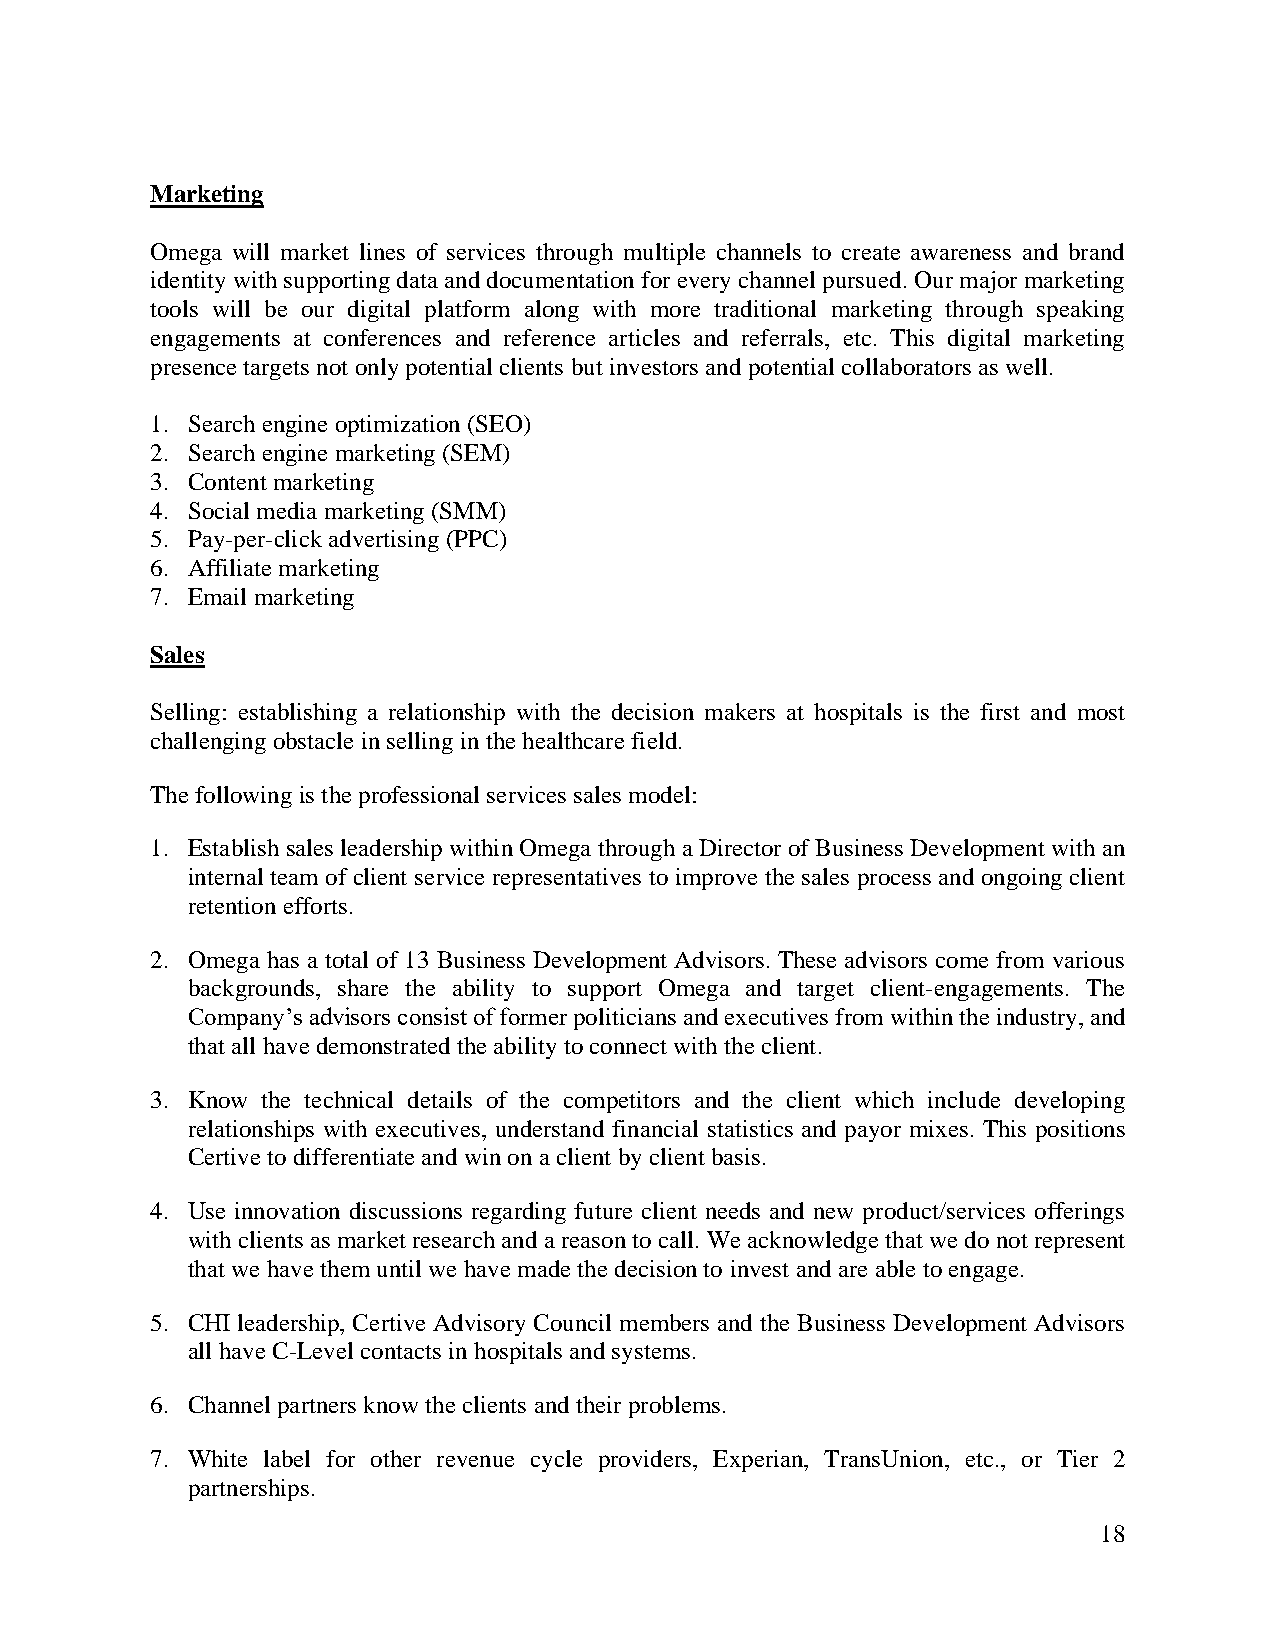
Marketing
 Omega will market lines of services through multiple channels to create awareness and brand
 identity with supporting data and documentation for every channel pursued. Our major marketing
 tools will be our digital platform along with more traditional marketing through speaking
 engagements at conferences and reference articles and referrals, etc. This digital marketing
 presence targets not only potential clients but investors and potential collaborators as well.
 1. Search engine optimization (SEO)
 2. Search engine marketing (SEM)
 3. Content marketing
 4. Social media marketing (SMM)
 5. Pay-per-click advertising (PPC)
 6. Affiliate marketing
 7. Email marketing
 Sales
 Selling: establishing a relationship with the decision makers at hospitals is the first and most
 challenging obstacle in selling in the healthcare field.
 The following is the professional services sales model:
 1. Establish sales leadership within Omega through a Director of Business Development with an
 internal team of client service representatives to improve the sales process and ongoing client
 retention efforts.
 2. Omega has a total of 13 Business Development Advisors. These advisors come from various
 backgrounds, share the ability to support Omega and target client-engagements. The
 Company’s advisors consist of former politicians and executives from within the industry, and
 that all have demonstrated the ability to connect with the client.
 3. Know the technical details of the competitors and the client which include developing
 relationships with executives, understand financial statistics and payor mixes. This positions
 Certive to differentiate and win on a client by client basis.
 4. Use innovation discussions regarding future client needs and new product/services offerings
 with clients as market research and a reason to call. We acknowledge that we do not represent
 that we have them until we have made the decision to invest and are able to engage.
 5. CHI leadership, Certive Advisory Council members and the Business Development Advisors
 all have C-Level contacts in hospitals and systems.
 6. Channel partners know the clients and their problems.
 7. White label for other revenue cycle providers, Experian, TransUnion, etc., or Tier 2
 partnerships.
 18